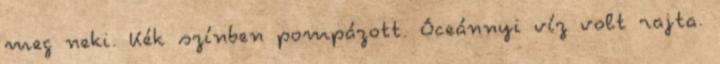
meg neki. Kék színben pompázott. Óceánnyi víz volt rajta.